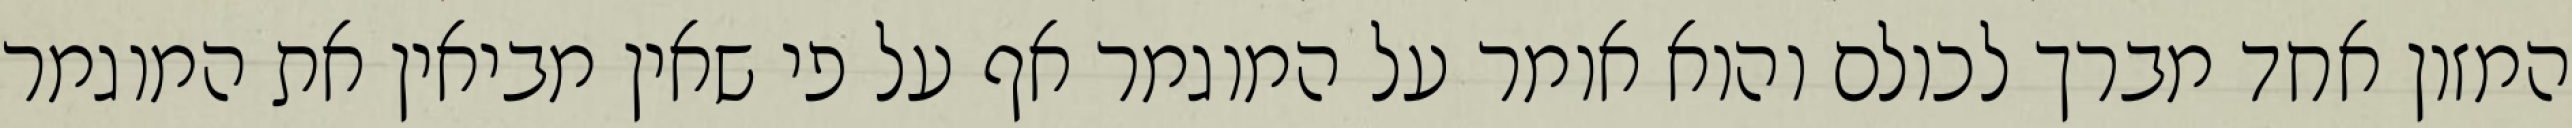
המזון אחד מברך לכולם והוא אומר על המוגמר אף על פי שאין מביאין את המוגמר